Vaccination in the Punjab 1905-1918 - 1905-1918
Year: 1905
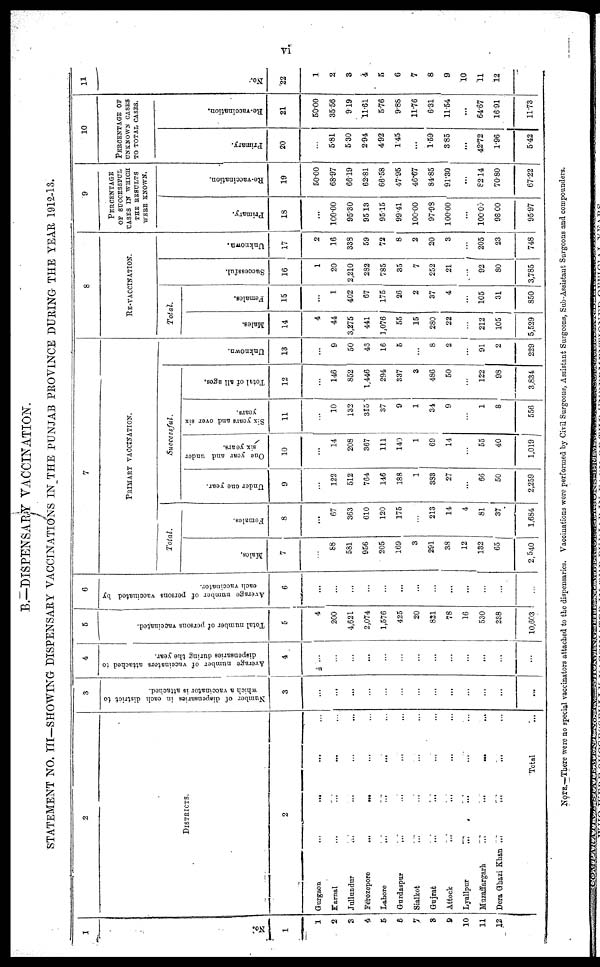
vi
B.—DISPENSARY VACCINATION.
STATEMENT NO. III—SHOWING DISPENSARY VACCINATIONS IN THE PUNJAB PROVINCE DURING THE YEAR 1912-13.
1
No.
1
1
2
3
4
5
6
7
8
9
10
11
12
2
DISTRICTS.
2
Gurgaon
...
... ... ...
Karnal
...
...
... ...
Jullundur
... ... ... ...
Ferozepore
...
... ... ...
Lahore
...
...
... ...
Gurdaspur
...
...
...
Sialkot ... ... ... ...
Gujrat ... ... ... ...
Attock
... ... ... ...
Lyallpur
...
...
...
Muzaffargarh
...
...
...
...
Dera Ghazi Khan ...
...
... ...
Total ...
3
Number of dispensaries in each district to
which a vaccinator is attached.
3
...
...
...
...
...
...
...
...
...
...
...
...
...
4
Average number of vaccinators attached to
dispensaries during the year.
4
...
...
...
...
...
...
...
...
...
...
...
...
...
5
Total number of persons vaccinated.
5
4
200
4,621
2,074
1,576
425
20
821
78
16
530
238
10,603
6
Average number of persons vaccinated by
each vaccinator.
6
...
...
...
...
...
...
...
...
...
...
...
...
...
7
PRIMARY VACCINATION.
Total.
Males.
7
...
88
581
956
205
169
3
291
38
12
132
65
2,540
Females.
8
...
67
363
610
120
175
...
213
14
4
81
37
1,684
Successful.
Under one year.
9
...
122
512
764
146
188
1
383
27
...
66
50
2,259
One year and under
six years.
10
...
14
208
367
111
140
1
69
14
...
55
40
1,019
Six years and over six
years.
11
...
10
132
315
37
9
1
34
9
...
1
8
556
Total of all ages.
12
...
146
852
1,446
294
337
3
486
50
...
122
98
3,834
Unknown.
13
...
9
50
43
16
5
...
8
2
...
91
2
229
8
RE-VACCINATION.
Total.
Males.
14
4
44
3,275
441
1,076
55
15
280
22
...
212
105
5,529
Females.
15
...
1
402
67
175
26
2
37
4
...
105
31
850
Successful.
16
1
20
2,210
282
785
35
7
252
21
...
92
80
3,785
Unknown.
17
2
16
338
59
72
8
2
20
3
...
205
23
748
9
PERCENTAGE
OF SUCCESSFUL
CASES IN WHICH
THE RESULTS
WERE KNOWN.
Primary.
18
...
100.00
95.30
95.13
95.15
99.41
100.00
97.98
100.00
...
100.00
98.00
95.97
Re-vaccination.
19
50.00
68.97
66.19
62.81
66.58
47.95
46.67
84.85
91.30
...
82.14
70.80
67.22
10
PERCENTAGE OF
UNKNOWN CASES
TO TOTAL CASES.
Primary.
20
...
5.81
5.30
2.94
4.92
1.45
...
1.59
3.85
...
42.72
1.96
5.42
Re-vaccination.
21
50.00
35.56
9.19
11.61
5.76
9.86
11.76
6.31
11.54
...
64.67
16.91
11.73
11
No.
22
1
2
3
4
5
6
7
8
9
10
11
12
NOTE.—There were no special vaccinators attached to the dispensaries. Vaccinations were performed by Civil Surgeons, Assistant Surgeons, Sub-Assistant Surgeons and compounders.